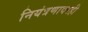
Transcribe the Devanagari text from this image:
नियंत्रणावरही